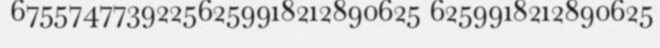
67557477392256259918212890625 6259918212890625